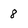
Character: 8